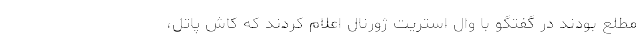
مطلع بودند در گفتگو با وال استریت ژورنال اعلام کردند که کاش پاتل،